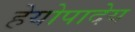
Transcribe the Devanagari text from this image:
हेयोपादेय